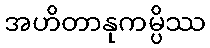
အဟိတာနုကမ္ပိဿ